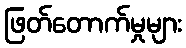
ဖြတ်တောက်မှုများ